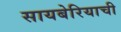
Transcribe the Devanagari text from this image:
सायबेरियाची